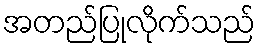
အတည်ပြုလိုက်သည်